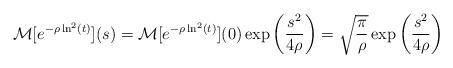
LaTeX: \begin{align*}\mathcal{M}[e^{-\rho\ln^2(t)}](s)=\mathcal{M}[e^{-\rho\ln^2(t)}](0)\exp\left(\frac{s^2}{4\rho}\right)=\sqrt{\frac{\pi}{\rho}}\exp\left(\frac{s^2}{4\rho}\right)\end{align*}